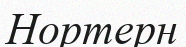
Нортерн